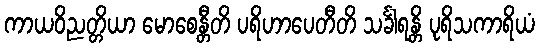
ကာယဝိညတ္တိယာ မောစေန္တီတိ ပရိဟာပေတီတိ သင်္ခါရန္တိ ပုရိသကာရိယံ